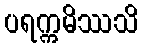
ပရက္ကမိဿသိ